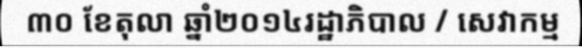
៣០ ខែតុលា ឆ្នាំ២០១៤រដ្ឋាភិបាល / សេវាកម្ម